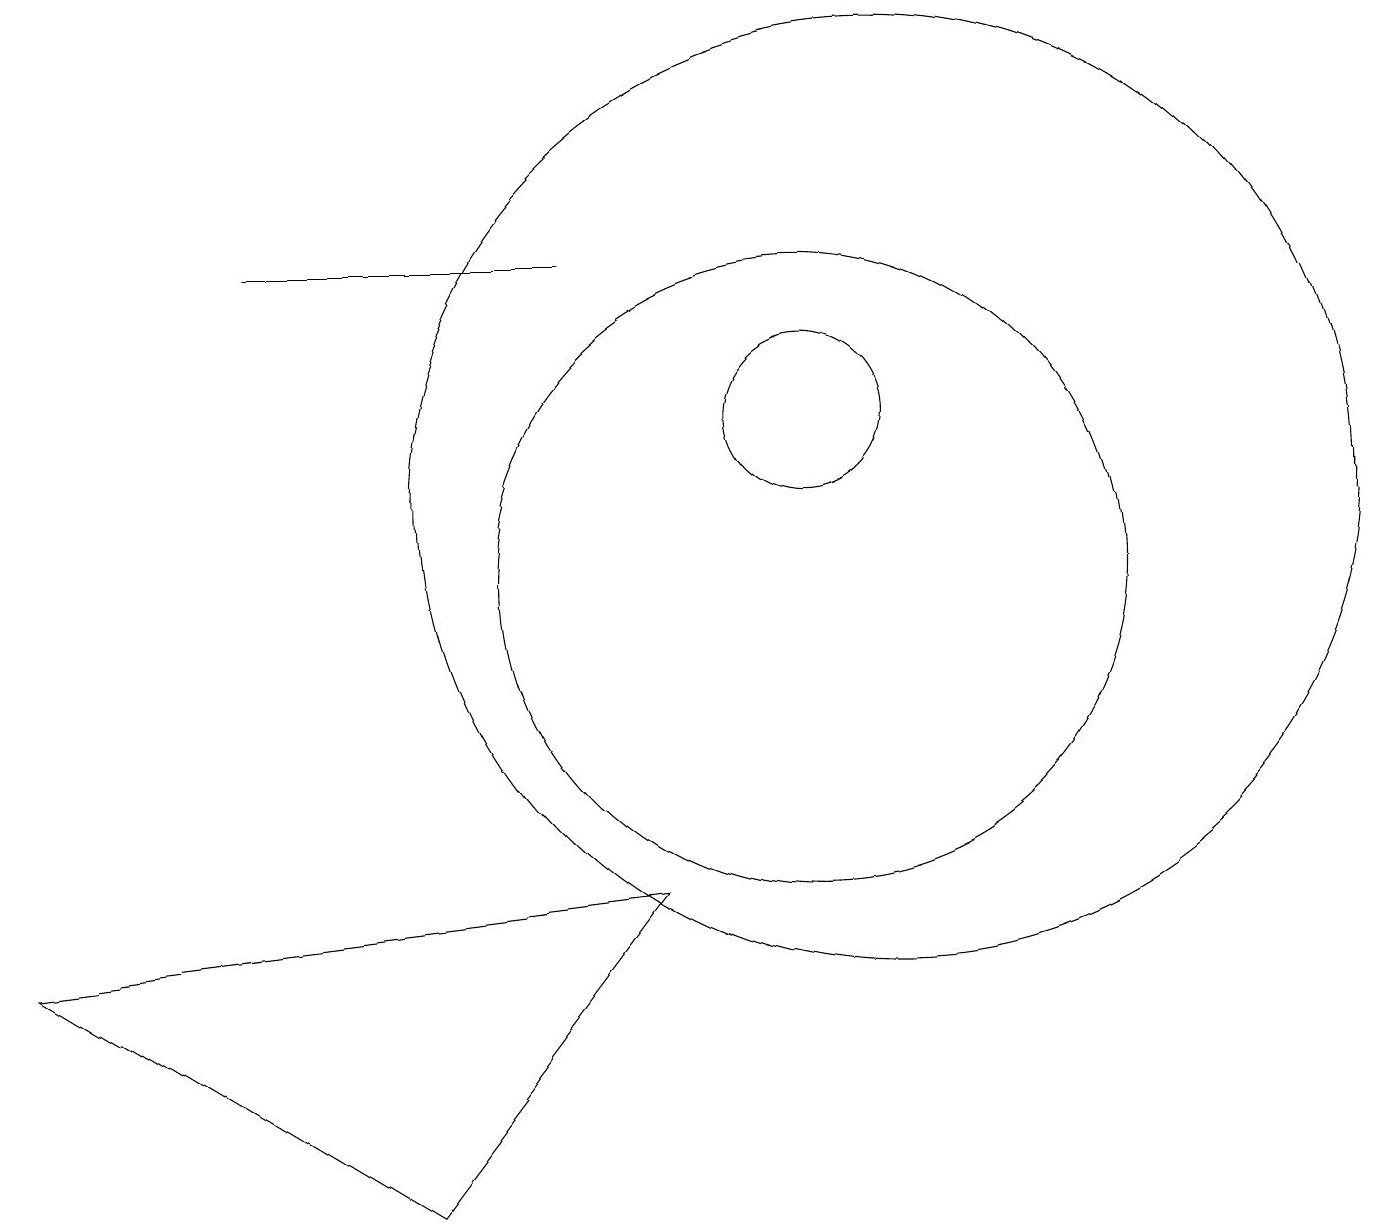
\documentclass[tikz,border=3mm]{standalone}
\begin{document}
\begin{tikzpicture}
\draw (10,12) circle (1);
\draw (7,14) rectangle (3,14);
\draw (11,11) circle (6);
\draw (8,6) -- (5,2) -- (0,5) -- cycle;
\draw (10,10) circle (4);
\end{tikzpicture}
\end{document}